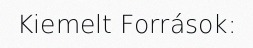
Kiemelt Források: